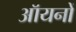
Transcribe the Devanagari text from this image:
ऑयनों